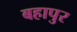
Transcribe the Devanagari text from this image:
बहापुर